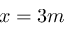
x = 3 m